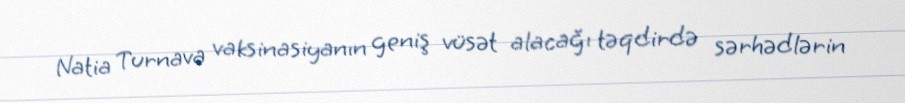
Natia Turnava vaksinasiyanın geniş vüsət alacağı təqdirdə sərhədlərin